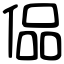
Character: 偘